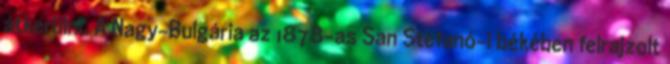
átkerülni. A Nagy-Bulgária az 1878-as San Stefanó-i békében felrajzolt